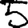
Digit: 5